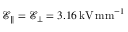
\mathcal { E } _ { \| } = \mathcal { E } _ { \bot } = 3 . 1 6 \, \mathrm { k V } \, \mathrm { m m } ^ { - 1 }